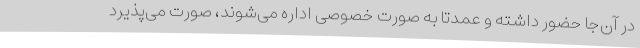
در آن‌جا حضور داشته و عمدتا به صورت خصوصی اداره می‌شوند، صورت می‌پذیرد